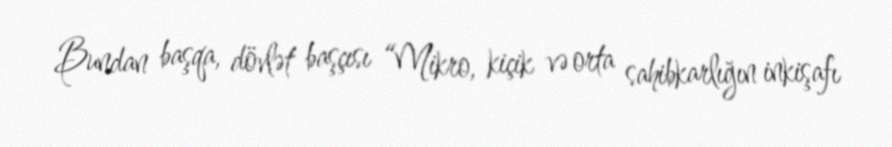
Bundan başqa, dövlət başçısı “Mikro, kiçik və orta sahibkarlığın inkişafı